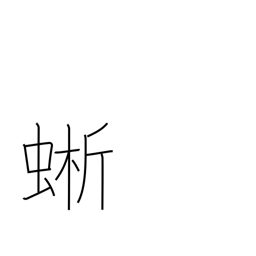
Meaning: a lizard